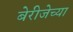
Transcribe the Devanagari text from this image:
बेरीजेच्या